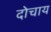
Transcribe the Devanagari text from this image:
दोचाय